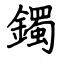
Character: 鐲